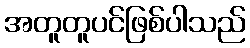
အတူတူပင်ဖြစ်ပါသည်